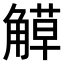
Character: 𧤣